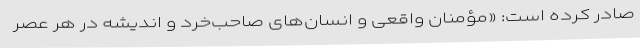
صادر کرده است: «مؤمنان واقعی و انسان‌های صاحب‌خرد و اندیشه در هر عصر